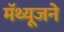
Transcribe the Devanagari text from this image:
मॅथ्यूजने